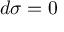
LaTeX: d { \boldsymbol { \sigma } } = 0